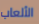
الألعاب